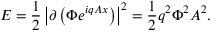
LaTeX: E = { \frac { 1 } { 2 } } \left| \partial \left( \Phi e ^ { i q A x } \right) \right| ^ { 2 } = { \frac { 1 } { 2 } } q ^ { 2 } \Phi ^ { 2 } A ^ { 2 } .